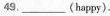
49.___(happy).